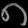
Digit: ၈